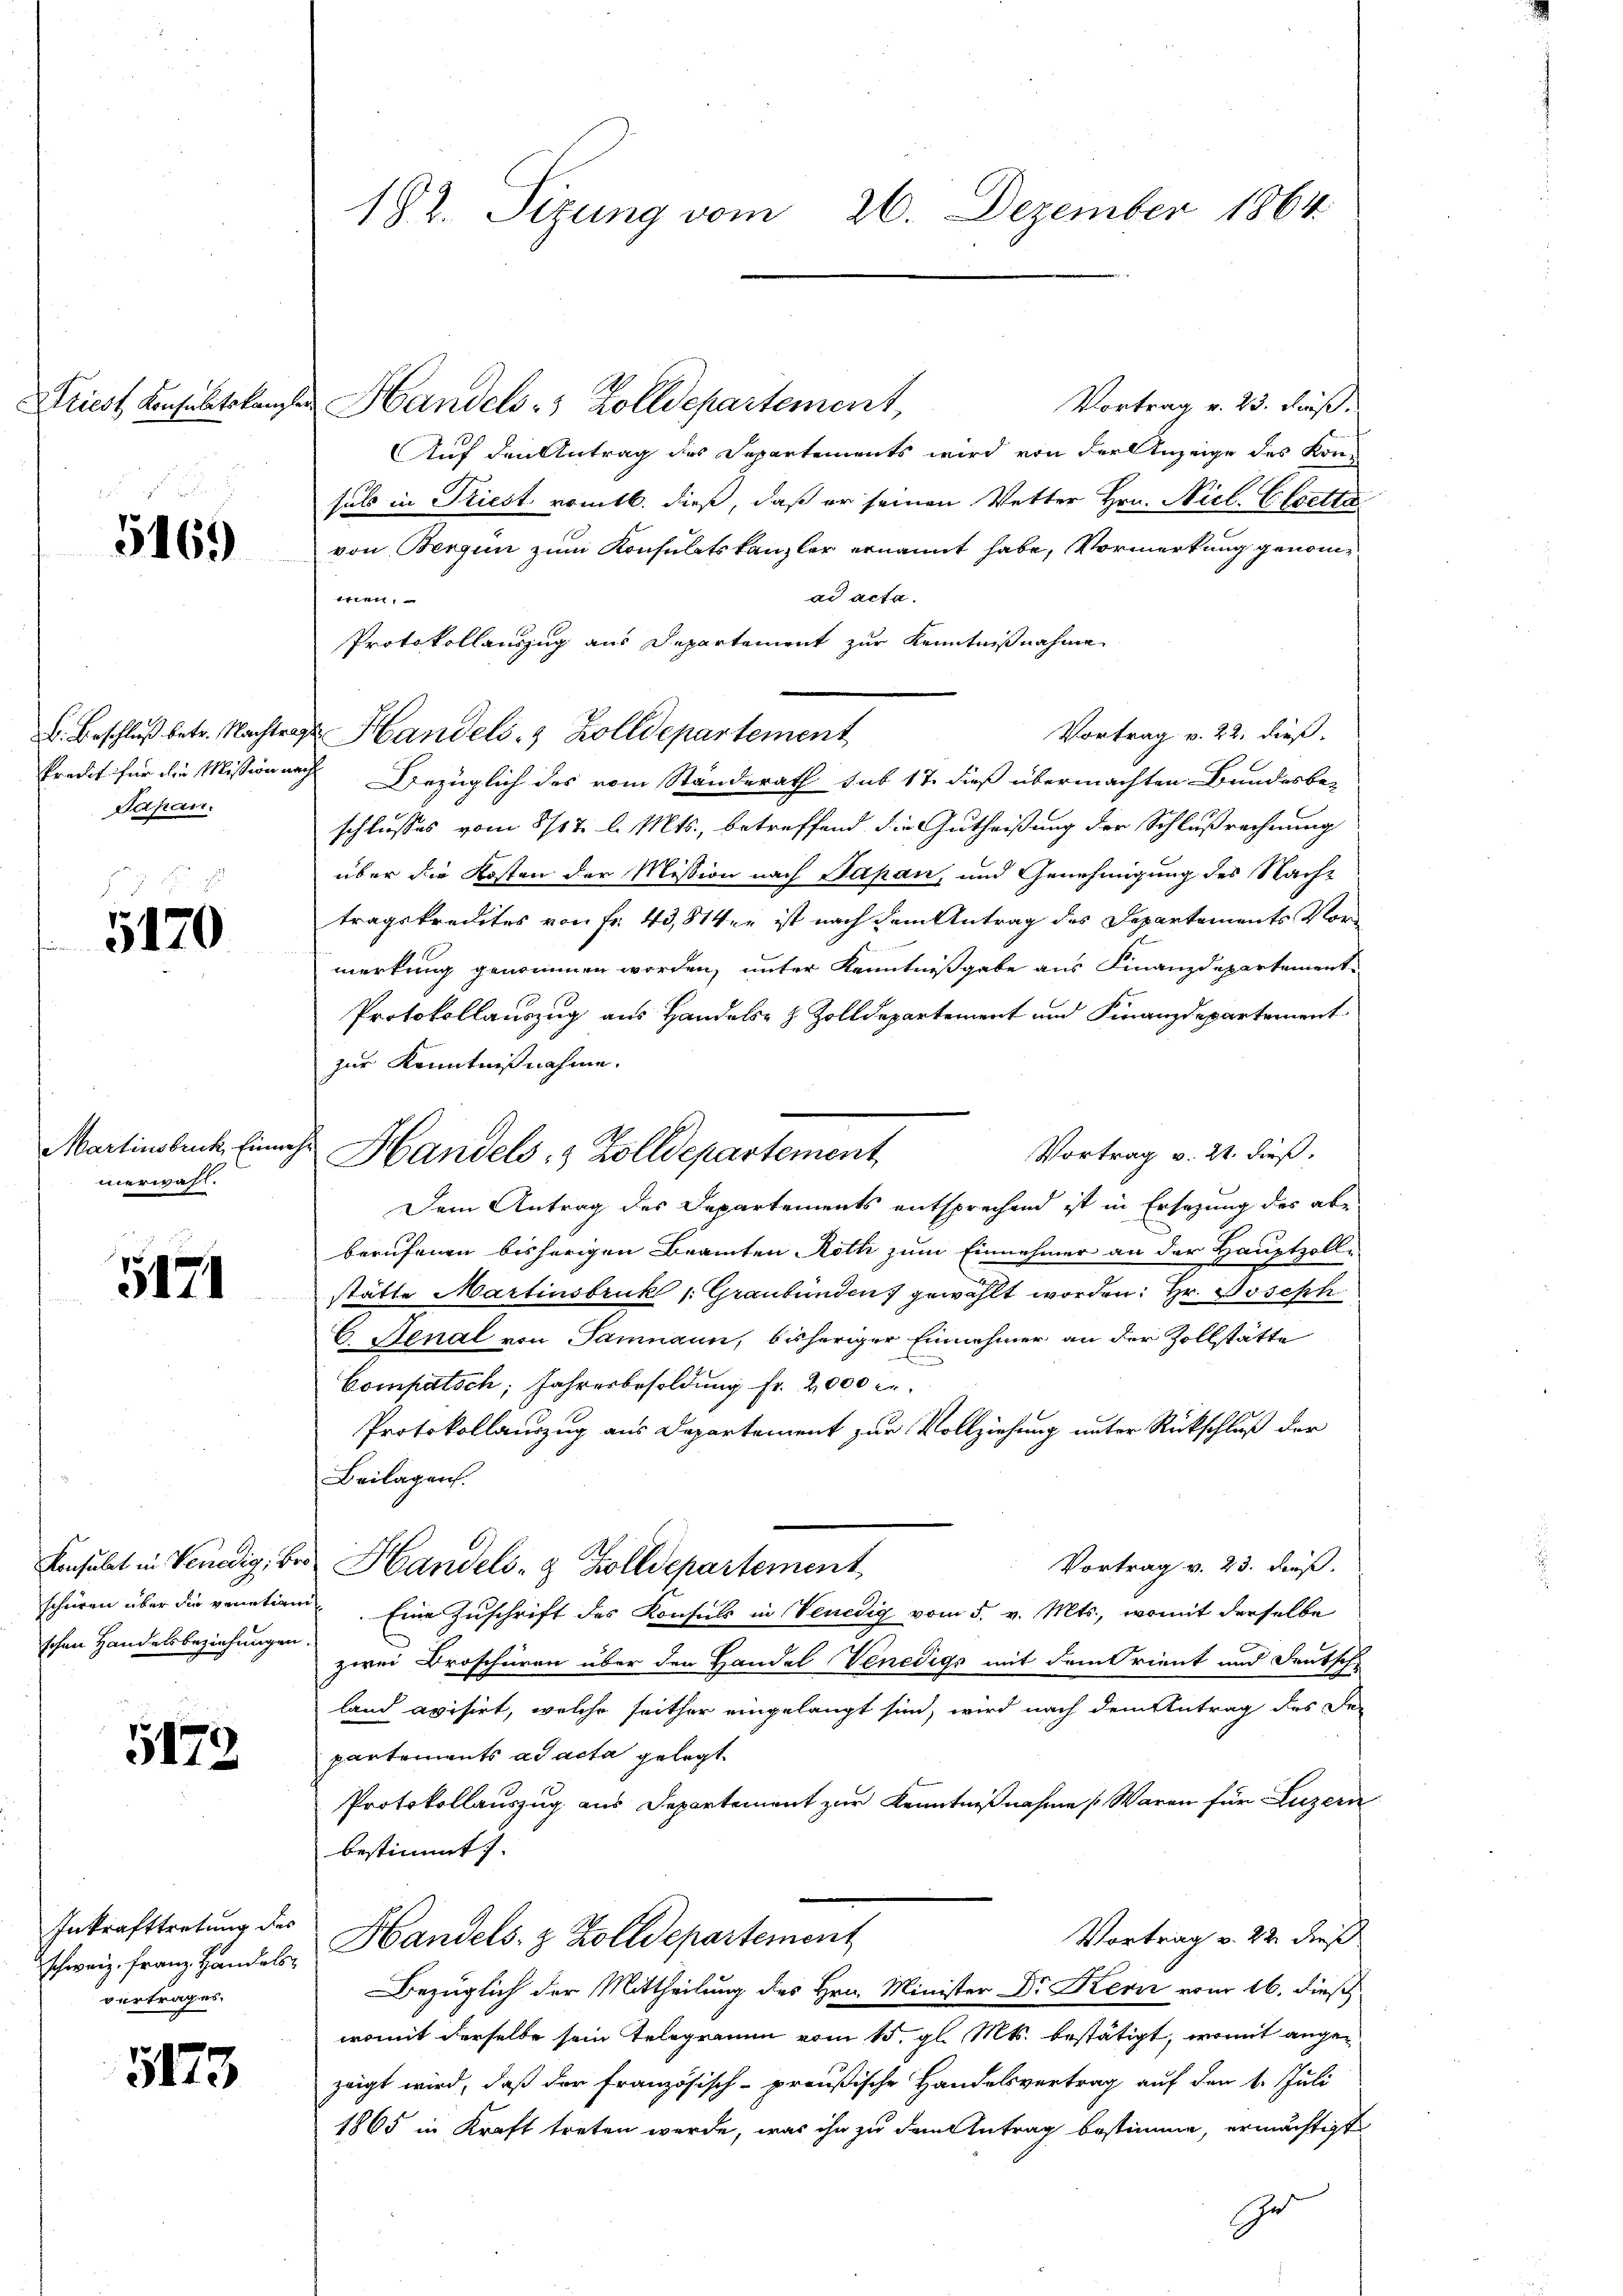
Driest Konsulatskanz

5169)

B. Beschluß betr. Nachten,
kredit für die Mission an
Japan.

5170

Martinsbruck, Einwe
nerwahl.

5171

Konsulat in Venedig, Beschweren über die venetian
schen Handelsbeziehungen

5172

Inkrafttretung des
schweiz. Franz Handelsvertrages.

5173

182. Sizung vom 26. Dezember 1864.

Handels- & Zolldepartement,
Vortrag v. 23. dieß.
Auf den Antrag des Departements wird von der Anzeige des Konsals in Triest romtb. dieß, daß er seinen Vetter Hrn. Nicl. Elsetta
von Bergen zum Konsulatskanzler ernannt habe, Vormerkung genomad acta.
iien,
Protokollauszug aus Departement zur Kenntnißnahme
Vortrag v. 22. dieß
u Handels- & Zolldepartement
Bezüglich des vom Standerath sub 17 dieß übermachten Bundesbe-
schlusses vom 8/17. d. Mts., betreffend die Gutheißung der Schlußrechnung
über die Kosten der Mission nach Papan, und Genehmigung des Nach-
tragskredites von Fr. 43,81er ist nach dem Antrag des Departements Vor-
merkung genommen worden, unter Kenntnißgabe aus Finanzdepartement
Protokollauszug aus Handels- & Zolldepartement und Finanzdepartement
zur Kenntnißnahme.
Vortrag v. 21. dieß.
Dem Antrag des Departements entsprechend ist in Ersezung der abe
berufenen bisherigen Beamten Roth zum Einnehmer an der Hauptzoll-
stätte Martinsbruk /: Graubünden gewählt worden: Hr. Joseph
C. Benal von Samnaun, bisheriger Einnehmer an der Zollstätte
Compatsch, Jahresbesoldung fr. 2000 er
Protokollauszug aus Departement zur Vollziehung unter Rückschluß der
Beilagen.
Vortrag v. 23. dieß.
Handels- & Zolldepartement
.Eine Zuschrift des Konsuls in Venedig vom 5. v. Mts., womit derselbe
zwei Droschüren über den Handel Venedigs mit dem Orient und Deutsche
land avisirt, welche seither eingelangt sind, wird nach dem Antrag des der
partements ad acta gelegt
Protokollauszug aus Departement zur Kenntnißnahme Waren für Luzern
bestimmt)
Vortrag v. 22. dieß
Handels- & Zolldepartement
Bezüglich der Mittheilung des Hrn. Minister Dr Kern vom 16. dieß
womit derselbe sein Telegramm vom 15. gl. Mts. bestätigt, womit angezeigt wird, daß der Französisch-preußische Handelsvertrag auf den 1. Juli
1865 in Kraft treten werde, was ihn zu dem Antrag bestimme, ermächtigt
Gr

Handels- & Zolldepartement